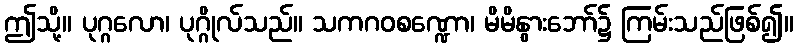
ဤသို့။ ပုဂ္ဂလော၊ ပုဂ္ဂိုလ်သည်။ သကဂဝစဏ္ဍော၊ မိမိနွားဘော်၌ ကြမ်းသည်ဖြစ်၍။